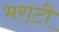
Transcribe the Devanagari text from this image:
भराटी